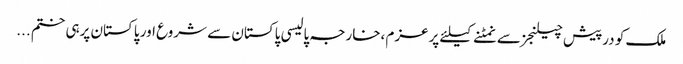
ملک کو درپیش چیلنجز سے نمٹنے کیلئے پرعزم ،خارجہ پالیسی پاکستان سے شروع اور پاکستان پرہی ختم ...